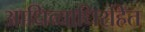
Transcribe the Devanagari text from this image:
आधिव्याधिरहित